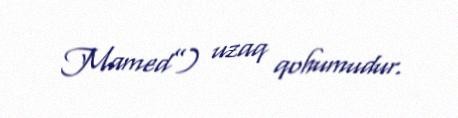
Mamed”) uzaq qohumudur.